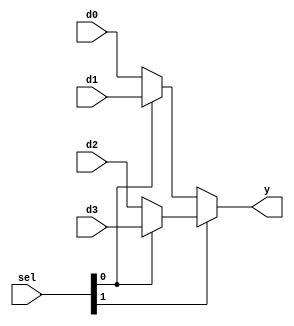
module b2_mux_4_1_sel
(
    input  [1:0] d0, d1, d2, d3,
    input  [1:0] sel,
    output [1:0] y
);
    assign y = sel [1] ? (sel [0] ? d3 : d2)
            : (sel [0] ? d1 : d0);
endmodule